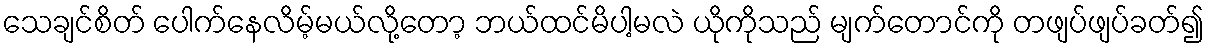
သေချင်စိတ် ပေါက်နေလိမ့်မယ်လို့တော့ ဘယ်ထင်မိပါ့မလဲ ယိုကိုသည် မျက်တောင်ကို တဖျပ်ဖျပ်ခတ်၍